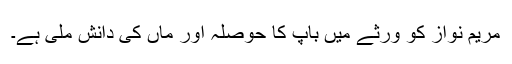
مریم نواز کو ورثے میں باپ کا حوصلہ اور ماں کی دانش ملی ہے۔